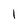
Character: I